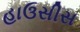
હાઉસીસ